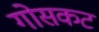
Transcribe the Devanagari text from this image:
गोसकट